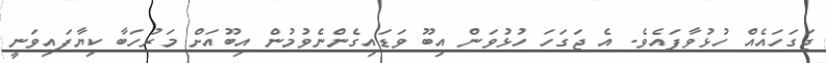
ޖަގަހައެއް ހުޅުވާފައެވެ. އެ ޖަގަހަ ހުޅުވަން އިބޫ ވަޑައިގެންނެވުމުން އިބޫއަށް މަރުހަބާ ކިޔާފައިވަނީ